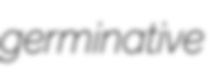
germinative